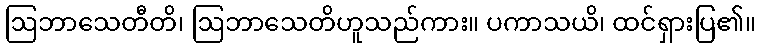
ဩဘာသေတီတိ၊ ဩဘာသေတိဟူသည်ကား။ ပကာသယိ၊ ထင်ရှားပြ၏။